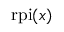
{ \mathrm { r p i } } ( x )